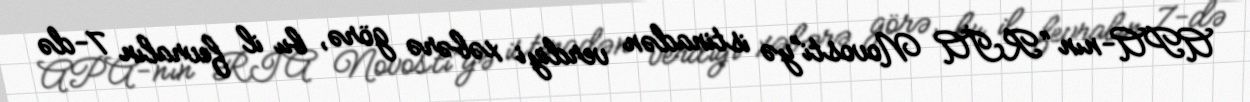
APA-nın “RİA Novosti”yə istinadən verdiyi xəbərə görə, bu il fevralın 7-də